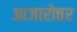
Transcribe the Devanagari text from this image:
आजारोत्तर